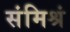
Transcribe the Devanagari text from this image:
संमिश्रं